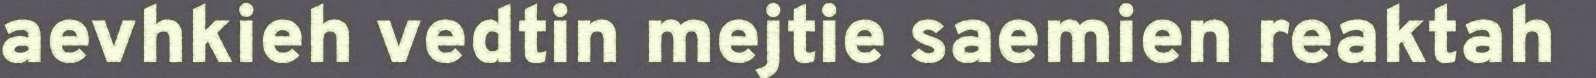
aevhkieh vedtin mejtie saemien reaktah